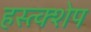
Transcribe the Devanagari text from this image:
हस्त्क्शेप